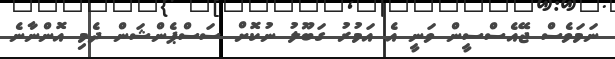
ނަމަވެސް ޖޭއެސްސީން ވަނީ އެ އަމުރު ގަބޫލު ނުކޮށް ސަސްޕެންޝަން ދެމި އޮންނާނެ